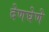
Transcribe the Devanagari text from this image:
देणघेणे